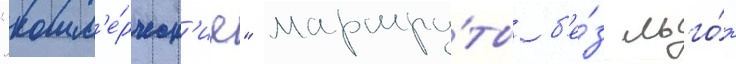
"комм'е́рческ'ие" маршру́ты б'е́з льго́т